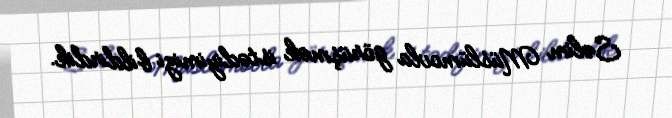
Səlim Müslümovla görüşmək istədiyimizi bildirdik.